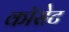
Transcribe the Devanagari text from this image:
कॉसेट